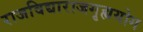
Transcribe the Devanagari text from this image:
राजविद्याराजगृह्ययोग